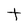
Character: t